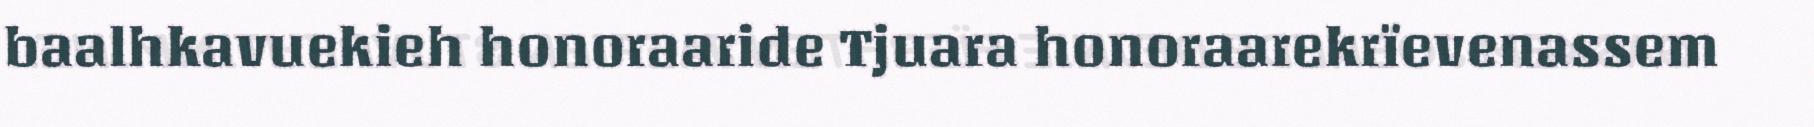
baalhkavuekieh honoraaride Tjuara honoraarekrïevenassem